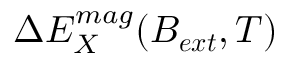
\Delta E _ { X } ^ { m a g } ( \boldsymbol { B _ { e x t } } , T )